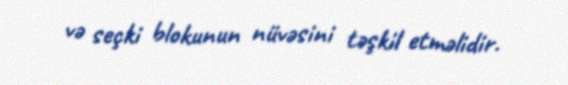
və seçki blokunun nüvəsini təşkil etməlidir.